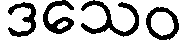
ဒသေဝ